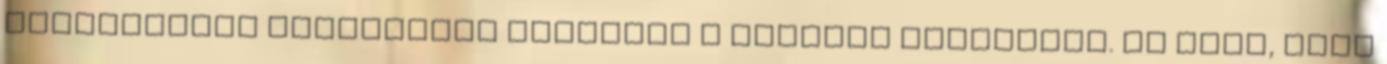
agresszíven reklámozók lehetnek a verseny nyertesei. Az kell, hogy